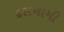
દસનામી